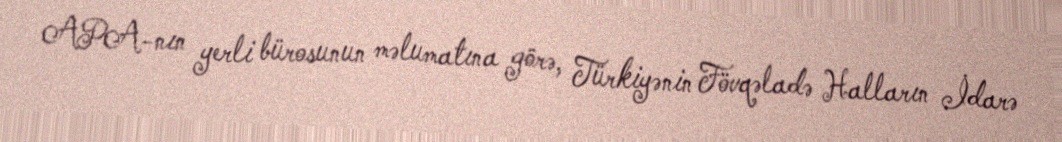
APA-nın yerli bürosunun məlumatına görə, Türkiyənin Fövqəladə Halların İdarə